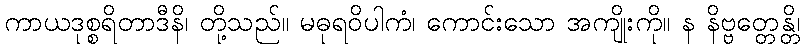
ကာယဒုစ္စရိတာဒီနိ၊ တို့သည်။ မဓုရဝိပါကံ၊ ကောင်းသော အကျိုးကို။ န နိဗ္ဗတ္တေန္တိ၊